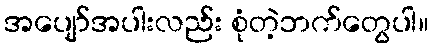
အပျော်အပါးလည်း စုံတဲ့ဘက်တွေပါ။